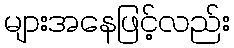
များအနေဖြင့်လည်း